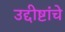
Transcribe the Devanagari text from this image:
उद्दीष्टांचे